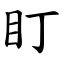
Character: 盯